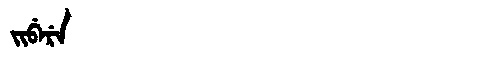
Manchu: ᠵᡳᠪᡝᡵᡝ
Romanization: JIBERE